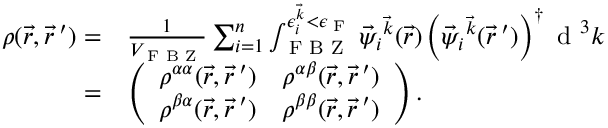
\begin{array} { r l } { \boldsymbol { \rho } ( \vec { r } , \vec { r } \, ^ { \prime } ) = } & { \frac { 1 } { V _ { \textrm { F B Z } } } \sum _ { i = 1 } ^ { n } \int _ { \textrm { F B Z } } ^ { \epsilon _ { i } ^ { \vec { k } } < \epsilon _ { \textrm { F } } } \vec { \psi } _ { i } { ^ { \vec { k } } } ( \vec { r } ) \left( \vec { \psi } _ { i } { ^ { \vec { k } } } ( \vec { r } \, ^ { \prime } ) \right) ^ { \dagger } \textrm { d } ^ { 3 } k } \\ { = } & { \left( \begin{array} { c c } { \rho ^ { \alpha \alpha } ( \vec { r } , \vec { r } \, ^ { \prime } ) } & { \rho ^ { \alpha \beta } ( \vec { r } , \vec { r } \, ^ { \prime } ) } \\ { \rho ^ { \beta \alpha } ( \vec { r } , \vec { r } \, ^ { \prime } ) } & { \rho ^ { \beta \beta } ( \vec { r } , \vec { r } \, ^ { \prime } ) } \end{array} \right) . } \end{array}